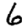
Digit: 6